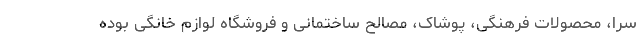
سرا، محصولات فرهنگی، پوشاک، مصالح ساختمانی و فروشگاه لوازم خانگی بوده